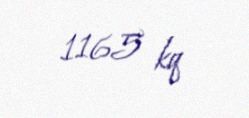
1165 kq